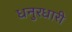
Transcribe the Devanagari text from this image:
धनुरधारी